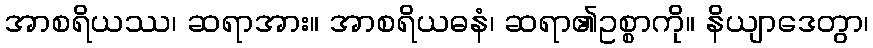
အာစရိယဿ၊ ဆရာအား။ အာစရိယဓနံ၊ ဆရာ၏ဥစ္စာကို။ နိယျာဒေတွာ၊